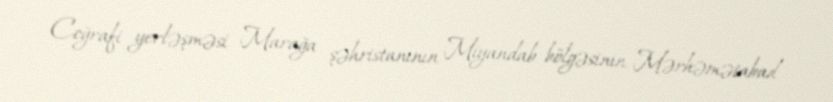
Coğrafi yerləşməsi Marağa şəhristanının Miyandab bölgəsinin Mərhəmətabad